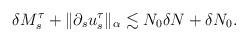
LaTeX: \begin{align*} \delta M_s^{\tau} + \|\partial_s u^{\tau}_s\|_{\alpha} \lesssim N_0 \delta N+ \delta N_0.\end{align*}